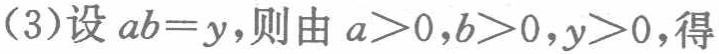
(3)设\(ab = y\)，则由\(a>0,b>0,y>0\)，得